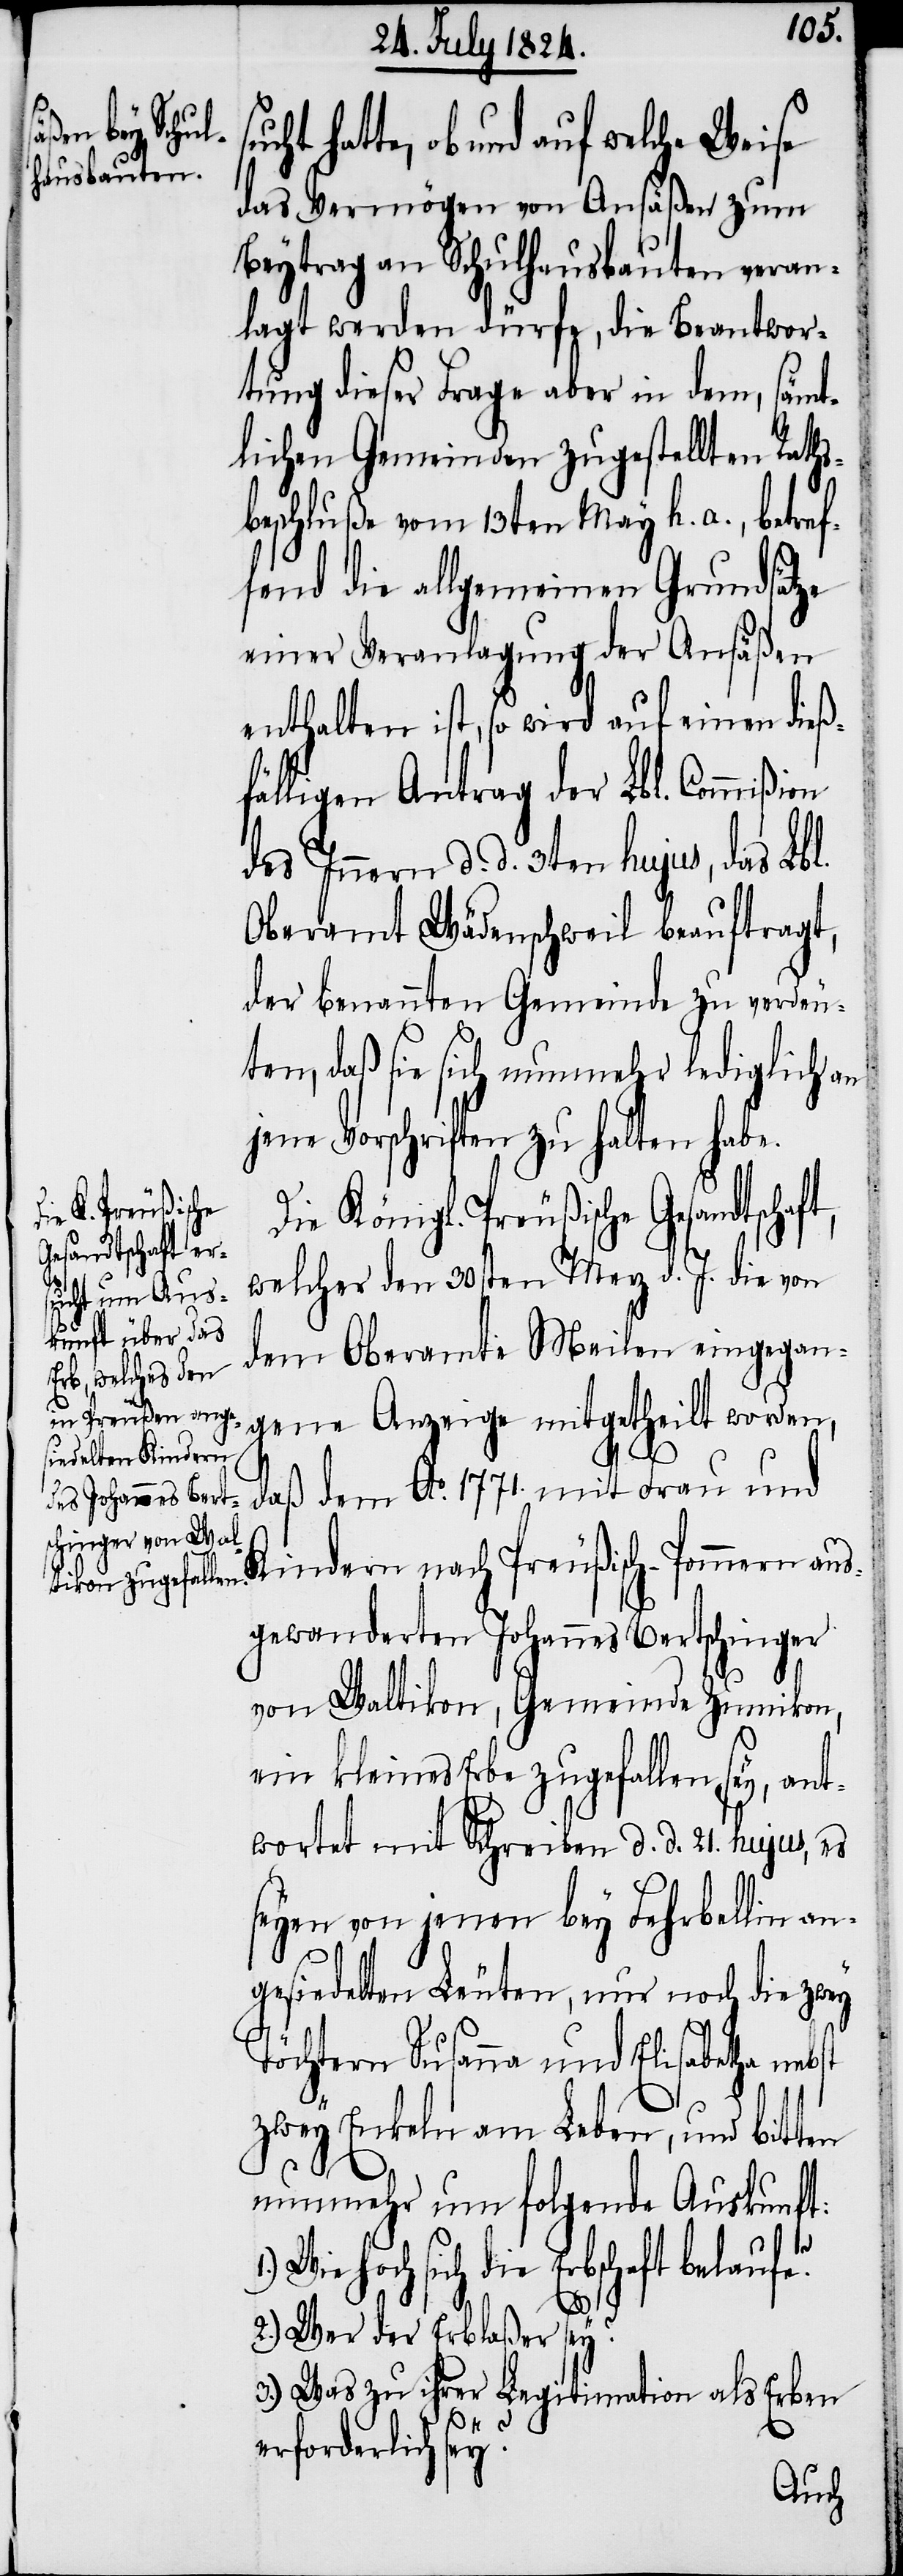
hatte, ob und auf welche Weise
das Vermögen von Ansäßen zum
Beytrag an Schulhausbauten veran¬
lagt werden dürfe, die Beantwor¬
tung dieser Frage aber in dem sämt¬
lichen Gemeinden zugestellten Raths¬
beschluße vom 13ten May h. a., betref¬
fend die allgemeinen Grundsätze
einer Veranlagung der Ansäßen
enthalten ist, so wird auf einen dieß¬
fälligen Antrag der Lbl. Commißion
Innern d. d. 3ten hujus, das Lbl.
Oberamt Wädenschweil beauftragt,
der benannten Gemeinde zu verdeu¬
ten, daß sie sich nunmehr lediglich an
jene Vorschriften zu halten habe.
Die Königl. Preußische Gesandtschaf¬
welcher den 30ten Merz d. J. die von
dem Oberamte Meilen eingegan¬
gene Anzeige mitgetheilt worden,
daß dem Ao 1771. mit Frau und
Kindern nach Preußisch-Pommern aus¬
gewanderten Johannes Bertschinger
von Waltikon, Gemeinde Zumikon,
ein kleines Erbe zugefallen sey, ant¬
wortet mit Schreiben d. d. 21. hujus, es
seyen von jenen bey Fehrbellin an¬
gesiedelten Leuten, nur noch die zwey
Töchtern Susanna und Elisabetha neb¬
zwey Enkeln am Leben, und bitten
nunmehr um folgende Auskunft:
hoch sich die Erbschaft belaufe?
2.) Wer der Erblaßer sey?
3.) Was zu ihrer Legitimation als Erben
st
erforderlich sey?
sucht